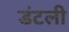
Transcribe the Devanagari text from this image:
डंटली